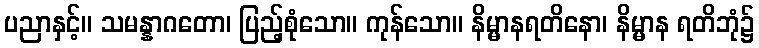
ပညာနှင့်။ သမန္နာဂတော၊ ပြည့်စုံသော။ ကုန်သော။ နိမ္မာနရတိနော၊ နိမ္မာန ရတိဘုံ၌